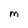
Character: M